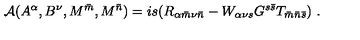
{ \cal A } ( A ^ { \alpha } , B ^ { \nu } , M ^ { \bar { m } } , M ^ { \bar { n } } ) = i s ( R _ { \alpha { \bar { m } } \nu { \bar { n } } } - W _ { \alpha \nu s } G ^ { s \bar { s } } T _ { { \bar { m } } { \bar { n } } { \bar { s } } } ) \ .